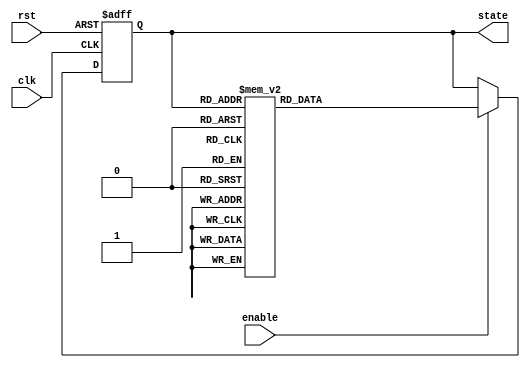
module StateMachine (
    input wire clk,        // Clock signal
    input wire rst,        // Reset signal
    input wire enable,     // Input signal to enable state transitions
    output reg [2:0] state // State output (3-bit for 8 states)
);

// Define the state parameters
localparam STATE_INIT = 3'b000;
localparam STATE_A    = 3'b001;
localparam STATE_B    = 3'b010;
localparam STATE_C    = 3'b011;
localparam STATE_D    = 3'b100;
localparam STATE_E    = 3'b101;
localparam STATE_F    = 3'b110;
localparam STATE_G    = 3'b111;

// Initialization logic and state transition
always @(posedge clk or posedge rst) begin
    if (rst) begin
        // Reset condition: initialize state to default
        state <= STATE_INIT;
    end else if (enable) begin
        // State transition logic
        case (state)
            STATE_INIT: state <= STATE_A; // Transition to STATE_A
            STATE_A:    state <= STATE_B; // Transition to STATE_B
            STATE_B:    state <= STATE_C; // Transition to STATE_C
            STATE_C:    state <= STATE_D; // Transition to STATE_D
            STATE_D:    state <= STATE_E; // Transition to STATE_E
            STATE_E:    state <= STATE_F; // Transition to STATE_F
            STATE_F:    state <= STATE_G; // Transition to STATE_G
            STATE_G:    state <= STATE_INIT; // Loop back to STATE_INIT
            default:    state <= STATE_INIT; // Default state if undefined
        endcase
    end
end

endmodule